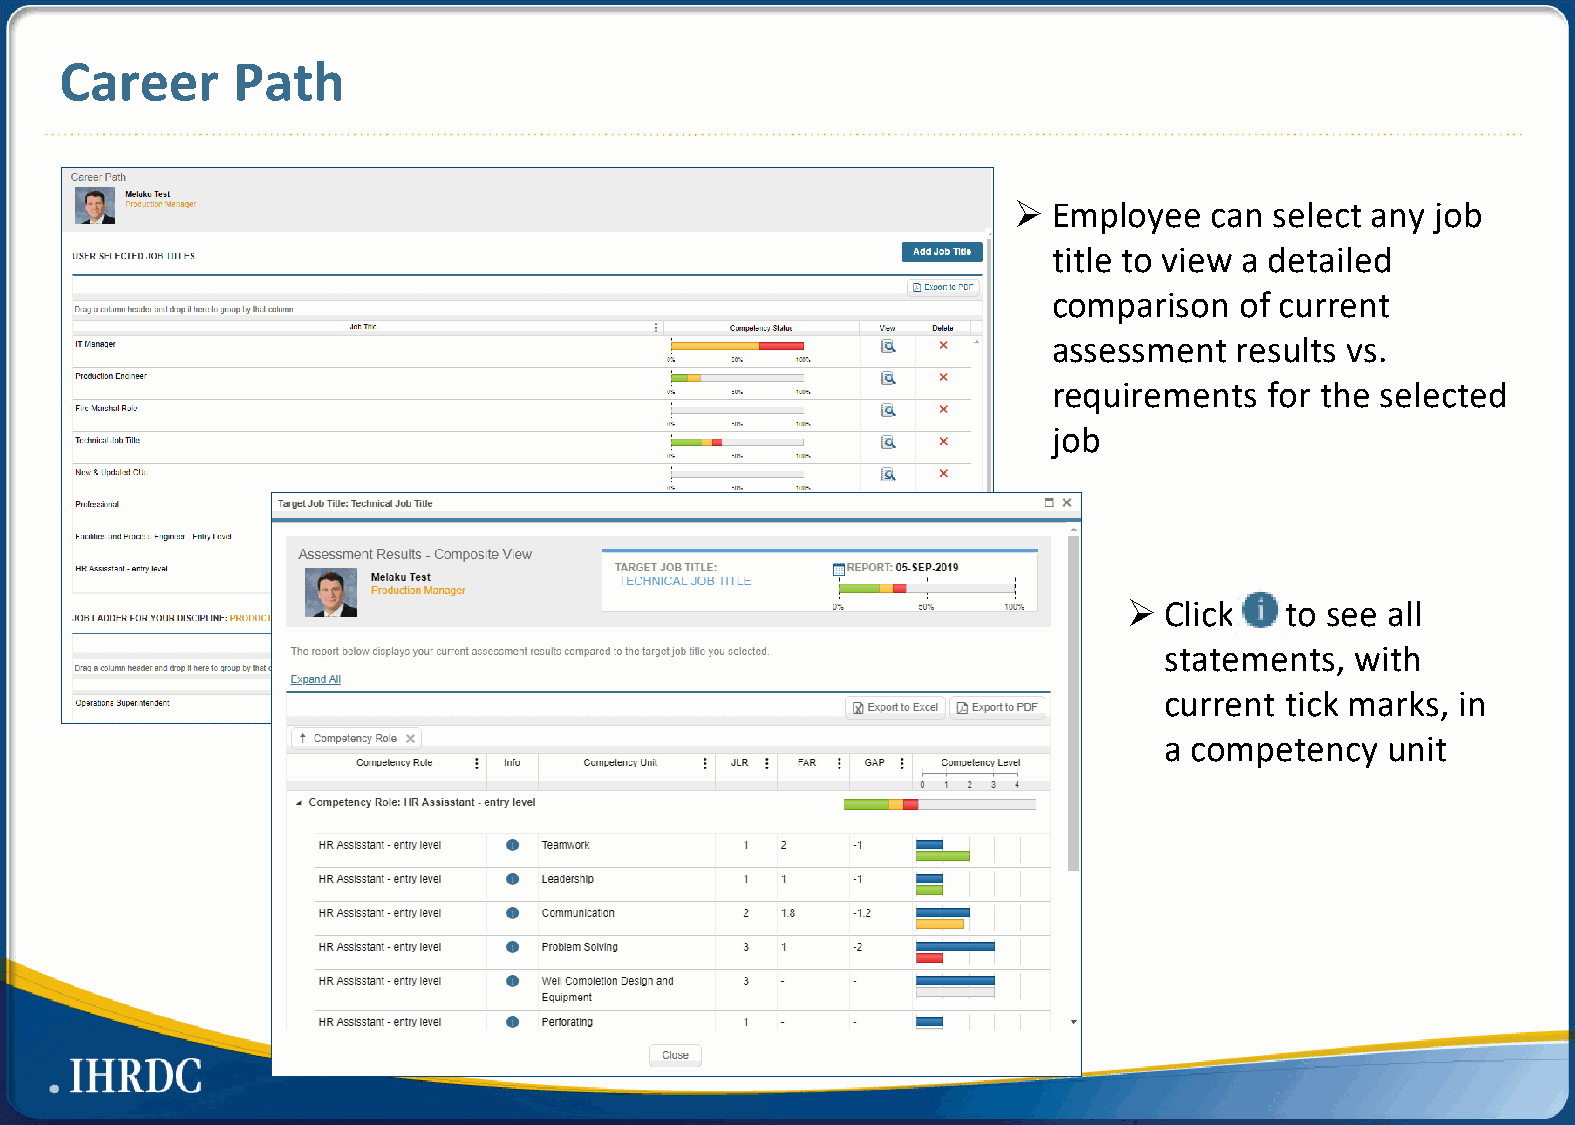
Career     Path
   Employee  can select any job
 title to view a detailed
 comparison  of current
 assessment  results vs.
 requirements  for the selected
 job
  Click   to see all
 statements,  with
 current tick marks, in
 a competency   unit